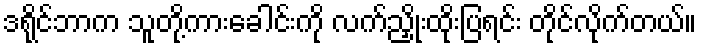
ဒရိုင်ဘာက သူတို့ကားခေါင်းကို လက်ညှိုးထိုးပြရင်း တိုင်လိုက်တယ်။